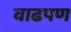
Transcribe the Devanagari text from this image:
वाढपण